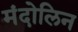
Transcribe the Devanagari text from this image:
मंदोलिन